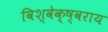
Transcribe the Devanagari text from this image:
विश्वेक्ष्वराय